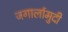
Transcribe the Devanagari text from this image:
जगार्लामुदी